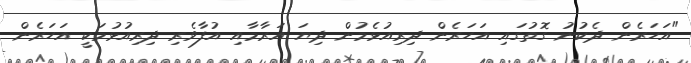
"އަހަރެން ދެކުނު ގޮތުގައި އަހަރެން ދިރިއުޅެމުން ދިޔަ އަރާމާއި އުފާވެރި ދިރިއުުޅުމަކީ އަހަރެން